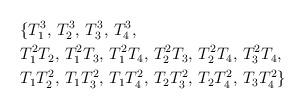
LaTeX: \begin{align*}&\{T_1^3,\, T_2^3,\, T_3^3,\,T_4^3, \\&T_1^2T_2,\,T_1^2T_3,\, T_1^2T_4,\, T_2^2T_3,\, T_2^2T_4,\, T_3^2T_4,\\&T_1T_2^2,\, T_1T_3^2,\, T_1T_4^2,\, T_2T_3^2,\, T_2T_4^2,\, T_3T_4^2\}\end{align*}